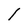
Character: l